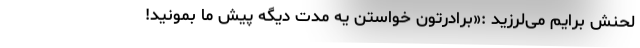
لحنش برایم می‌لرزید :«برادرتون خواستن یه مدت دیگه پیش ما بمونید!